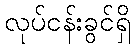
လုပ်ငန်းခွင်ရှိ